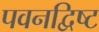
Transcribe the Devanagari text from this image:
पवनद्विष्ट